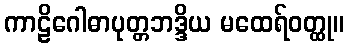
ကာဠိဂေါဓာပုတ္တဘဒ္ဒိယ မထေရ်ဝတ္ထု။